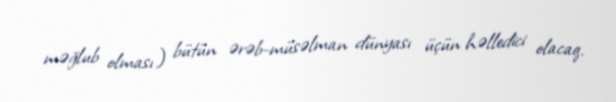
məğlub olması) bütün ərəb-müsəlman dünyası üçün həlledici olacaq.